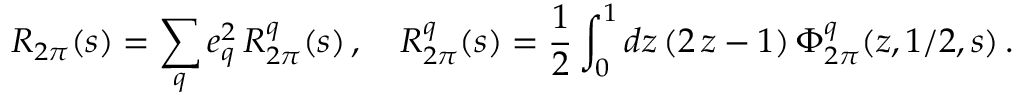
R _ { 2 \pi } ( s ) = \sum _ { q } e _ { q } ^ { 2 } \, R _ { 2 \pi } ^ { q } ( s ) \, , \quad R _ { 2 \pi } ^ { q } ( s ) = \frac { 1 } { 2 } \int _ { 0 } ^ { 1 } d z \, ( 2 \, z - 1 ) \, \Phi _ { 2 \pi } ^ { q } ( z , 1 / 2 , s ) \, .